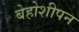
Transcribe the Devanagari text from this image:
बेहोशीपन